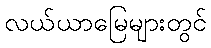
လယ်ယာမြေများတွင်